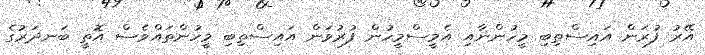
އޭރު ފުރަން އައިސްތިބި މީހުންނާއި އެމީސްމީހުން ފުރުވަން އައިސްތިބި މީހުންތައްވެސް އޮތީ ބަނދަރުގެ